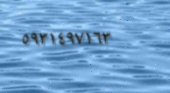
٥٩٣١٤٩٧١٦٣